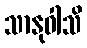
သာနုဝါသိ